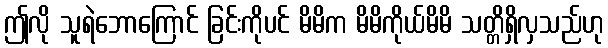
ဤလို သူရဲဘောကြောင် ခြင်းကိုပင် မိမိက မိမိကိုယ်မိမိ သတ္တိရှိလှသည်ဟု